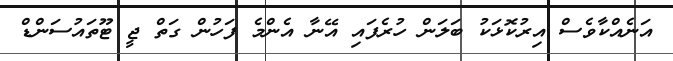
އަނެއްކާވެސް އިރުކޮޅަކު ބަލަން ހުރެފައި އޭނާ އެންމެ ފަހުން ގަތް ޖީ ޓޫތައުސަންޑް